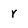
Character: r